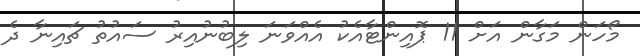
މޯހަން މަގާން އަށް 11 ޕޮއިންޓާއެކު އެއްވަނަ ލިބުނުއިރު ސައުތު ޗައިނާ ދެ